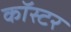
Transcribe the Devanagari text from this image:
कॉस्टर